On the importance of larval characters in the classification of mosquitoes - Number 25
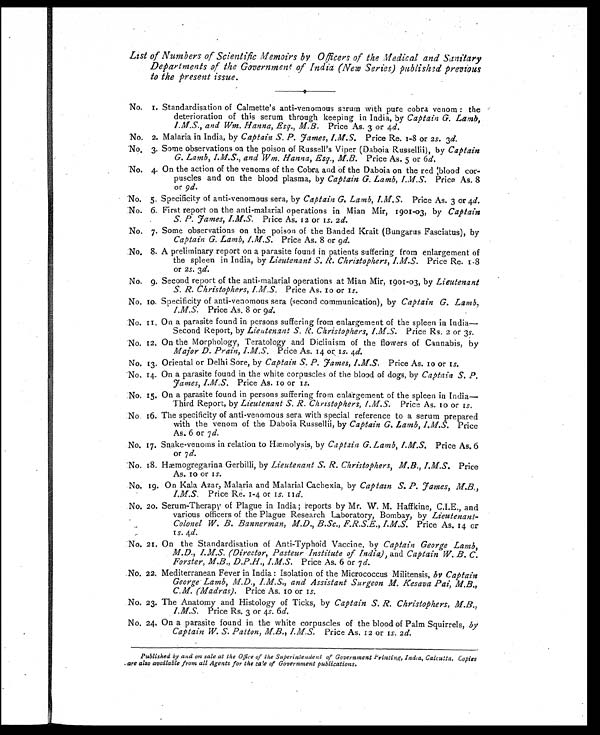
L List of Numbers of Scientific Memoirs by Officers of the Medical and Sanitary
Departments of the Government of India (New Series) published previous
to the present issue.
N No. 1. Standardisation of Calmette's anti-venomous serum with pure cobra venom : the
deterioration of this serum through keeping in India, by Captain G. Lamb,
I.M.S., and Wm. Hanna, Esq., M.B. Price As. 3 or 4 d.
No. 2. Malaria in India, by Captain S. P. Fames, I.M.S. Price Re. 1-8 or 2 s. 3 d.
No, 3. Some observations on the poison of Russell's Viper (Daboia Russellii), by Captain
G. Lamb, I.M.S., and Wm. Hanna, Esq., M.B. Price As. 5 or 6 d.
No. 4. On the action of the venoms of the Cobra and of the Daboia on the red blood cor-
puscles and on the blood plasma, by Captain G. Lamb, I.M.S. Price As. 8
or 9d.
No. 5. Specificity of anti-venomous sera, by Captain G. Lamb, I.M.S. Price As. 3 or 4 d.
No. 6. First report on the anti-malarial operations in Mian Mir, 1901-03, by Captain
S. P. Fames, I.M.S. Price As. 12 or 1s. 2 d.
No. 7. Some observations on the poison of the Banded Krait (Bungarus Fasciatus), by
Captain G. Lamb, I.M.S.
Price As. 8 or 9 d.
No. 8. A preliminary report on a parasite found in patients suffering from enlargement of
the spleen in India, by Lieutenant S. R. Christophers, I.M.S. Price Re. 1-8
or 2 s. 3d.
No. 9. Second report of the anti-malarial operations at Mian Mir, 1901-03, by Lieutenant
S. R. Christophers, I.M.S. Price As. 10 or 1s.
No. 10. Specificity of anti-venomous sera (second communication), by Captain G. Lamb,
I.M.S. Price As. 8 or 9d.
No. 11. On a parasite found in persons suffering from enlargement of the spleen in India
—Second Report, by Lieutenant S. R. Christophers, I.M.S. Price Rs. 2 or 3s.
No. 12. On the Morphology, Teratology and Diclinism of the flowers of Cannabis, by
Major D. Prain, I.M.S. Price As. 14 or 1s. 4d.
No. 13. Oriental or Delhi Sore, by Captain S. P. Fames, I.M.S. Price As. 10 or 1s.
No. 14. On a parasite found in the white corpuscles of the blood of dogs, by Captain S. P.
Fames, I.M.S. Price As. 10 or 1s.
No. 15. On a parasite found in persons suffering from enlargement of the spleen in India
—
Third Report, by Lieutenant S. R. Christophers, I.M.S.
Price As. 10 or 1 s .
No 16. The specificity of anti-venomous sera with special reference to a serum prepared
with the venom of the Daboia Russellii, by Captain G. Lamb, I.M.S. Price
As. 6 or 7 d.
No. 17. Snake-venoms in relation to Hæmolysis, by Captain G. Lamb, I.M.S. Price As. 6
or 7 d.
No. 18. Hæmogregarina Gerbilli, by Lieutenant S. R. Christophers, M.B., I.M.S. Price
As. 10 or 1s.
No. 19. On Kala Azar, Malaria and Malarial Cachexia, by Captain S. P. Fames, M.B.,
I.M.S. Price Re. 1-4 or 1s. 11d.
No. 20. Serum-Therapy of Plague in India; reports by Mr. W. M. Haffkine, C.I.E., and
various officers of the Plague Research Laboratory, Bombay, by Lieutenant-
Colonel W. B. Bannerman, M.D., B.Sc., F.R.S.E., I.M.S. Price As. 14 or
1
s .
4
d .
No. 21. On the Standardisation of Anti-Typhoid Vaccine, by Captain George Lamb,
M.D., I.M.S. (Director, Pasteur Institute of India), and Captain W. B. C.
Forster, M.B., D.P.H., I.M.S. Price As. 6 or 7 d.
No. 22. Mediterranean Fever in India : Isolation of the Micrococcus Militensis, by Captain
George Lamb, M.D., I.M.S., and Assistant Surgeon M. Kesava Pai, M.B.,
C.M. (Madras). Price As. 10 or 1 s.
No. 23. The Anatomy and Histology of Ticks, by Captain S. R. Christophers, M.B.,
I.M.S. Price Rs. 3 or 4s. 6 d.
No. 24. On a parasite found in the white corpuscles of the blood of Palm Squirrels, by
Captain W. S. Patton, M.B., I.M.S. Price As. 12 or 1s. 2d.
Published by and on sale at the Office of the Superintendent of Government Printing, India, Calcutta. Copies
are also available from all Agents for the sale of Government publications.